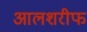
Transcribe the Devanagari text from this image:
आलशरीफ